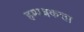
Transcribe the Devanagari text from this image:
हम्पन्नकत्ता